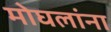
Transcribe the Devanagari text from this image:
मोघलांना